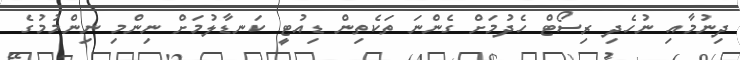
ދިނުމާއި ނުހެދި ރިސޯޓް ހެދުމަށް ގެންނަ ތަކެތިން ޑިއުޓީ ކަނޑާލުމަށް ނިންމި ނިންމުމުގެ